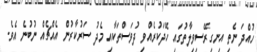
ހުއްދަ ނެތި އިނގިރޭސިވިލާތުގައި ހޭދަކުރެއްވި ދުވަސްތަކާއި މެދު ސަރުކާރުން އެއްޗެއް ނުބުނެ އެވެ.